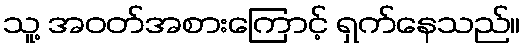
သူ့ အဝတ်အစားကြောင့် ရှက်နေသည်။